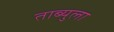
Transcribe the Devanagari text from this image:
ताब्युला